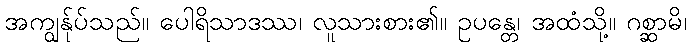
အကျွန်ုပ်သည်။ ပေါရိသာဒဿ၊ လူသားစား၏။ ဥပန္တေ၊ အထံသို့။ ဂစ္ဆာမိ၊